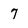
Character: 7